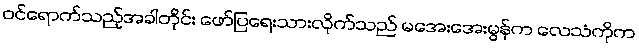
ဝင်ရောက်သည့်အခါတိုင်း ဖော်ပြရေးသားလိုက်သည် မအေးအေးမွန်က လေသံကိုက